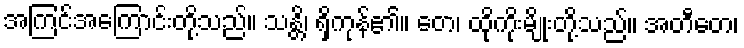
အကြင်အကြောင်းတို့သည်။ သန္တိ၊ ရှိကုန်၏။ တေ၊ ထိုကိုးမျိုးတို့သည်။ အတီတေ၊